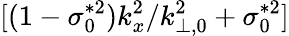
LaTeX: [(1-\sigma_{0}^{*2})k_{x}^{2}/k_{\perp,0}^{2}+\sigma_{0}^{*2}]